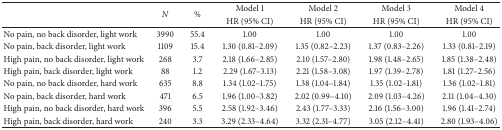
<table><thead><tr><td><b> </b></td><td rowspan="2"><b><i>N</i></b></td><td rowspan="2"><b>%</b></td><td><b>Model 1</b></td><td><b>Model 2</b></td><td><b>Model 3</b></td><td><b>Model 4</b></td></tr><tr><td><b> </b></td><td><b>HR (95% CI)</b></td><td><b>HR (95% CI)</b></td><td><b>HR (95% CI)</b></td><td><b>HR (95% CI)</b></td></tr></thead><tbody><tr><td>No pain, no back disorder, light work</td><td>3990</td><td>55.4</td><td>1.00</td><td>1.00</td><td>1.00</td><td>1.00</td></tr><tr><td>No pain, back disorder, light work</td><td>1109</td><td>15.4</td><td>1.30 (0.81–2.09)</td><td>1.35 (0.82–2.23)</td><td>1.37 (0.83–2.26)</td><td>1.33 (0.81–2.19)</td></tr><tr><td>High pain, no back disorder, light work</td><td>268</td><td>3.7</td><td>2.18 (1.66–2.85)</td><td>2.10 (1.57–2.80)</td><td>1.98 (1.48–2.65)</td><td>1.85 (1.38–2.48)</td></tr><tr><td>High pain, back disorder, light work</td><td>88</td><td>1.2</td><td>2.29 (1.67–3.13)</td><td>2.21 (1.58–3.08)</td><td>1.97 (1.39–2.78)</td><td>1.81 (1.27–2.56)</td></tr><tr><td>No pain, no back disorder, hard work</td><td>635</td><td>8.8</td><td>1.34 (1.02–1.75)</td><td>1.38 (1.04–1.84)</td><td>1.35 (1.02–1.81)</td><td>1.36 (1.02–1.81)</td></tr><tr><td>No pain, back disorder, hard work</td><td>471</td><td>6.5</td><td>1.96 (1.00–3.82)</td><td>2.02 (0.99–4.10)</td><td>2.09 (1.03–4.26)</td><td>2.11 (1.04–4.30)</td></tr><tr><td>High pain, no back disorder, hard work</td><td>396</td><td>5.5</td><td>2.58 (1.92–3.46)</td><td>2.43 (1.77–3.33)</td><td>2.16 (1.56–3.00)</td><td>1.96 (1.41–2.74)</td></tr><tr><td>High pain, back disorder, hard work</td><td>240</td><td>3.3</td><td>3.29 (2.33–4.64)</td><td>3.32 (2.31–4.77)</td><td>3.05 (2.12–4.41)</td><td>2.80 (1.93–4.06)</td></tr></tbody></table>